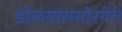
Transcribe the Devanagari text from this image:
डोळ्यांसमोरयेते